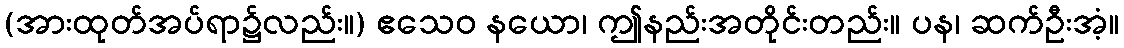
(အားထုတ်အပ်ရာ၌လည်း။) ဧသေဝ နယော၊ ဤနည်းအတိုင်းတည်း။ ပန၊ ဆက်ဦးအံ့။